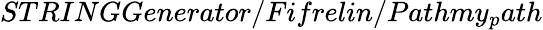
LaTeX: STRINGGenerator/Fifrelin/Pathmy_{p}ath